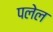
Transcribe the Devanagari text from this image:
पलेल